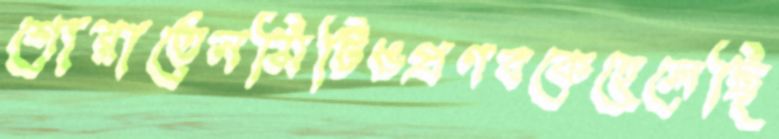
শোয়াতেনমিটিঙপ্রণবকেহেলেছি